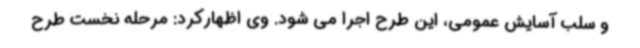
و سلب آسایش عمومی، این طرح اجرا می شود. وی اظهارکرد: مرحله نخست طرح